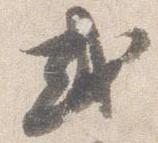
或